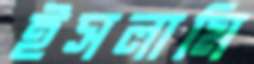
ইসলামি